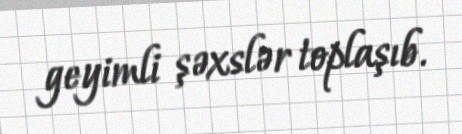
geyimli şəxslər toplaşıb.